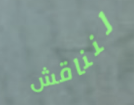
لنناقش